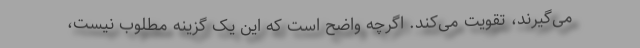
می‌گیرند، تقویت می‌کند. اگرچه واضح است که این یک گزینه مطلوب نیست،